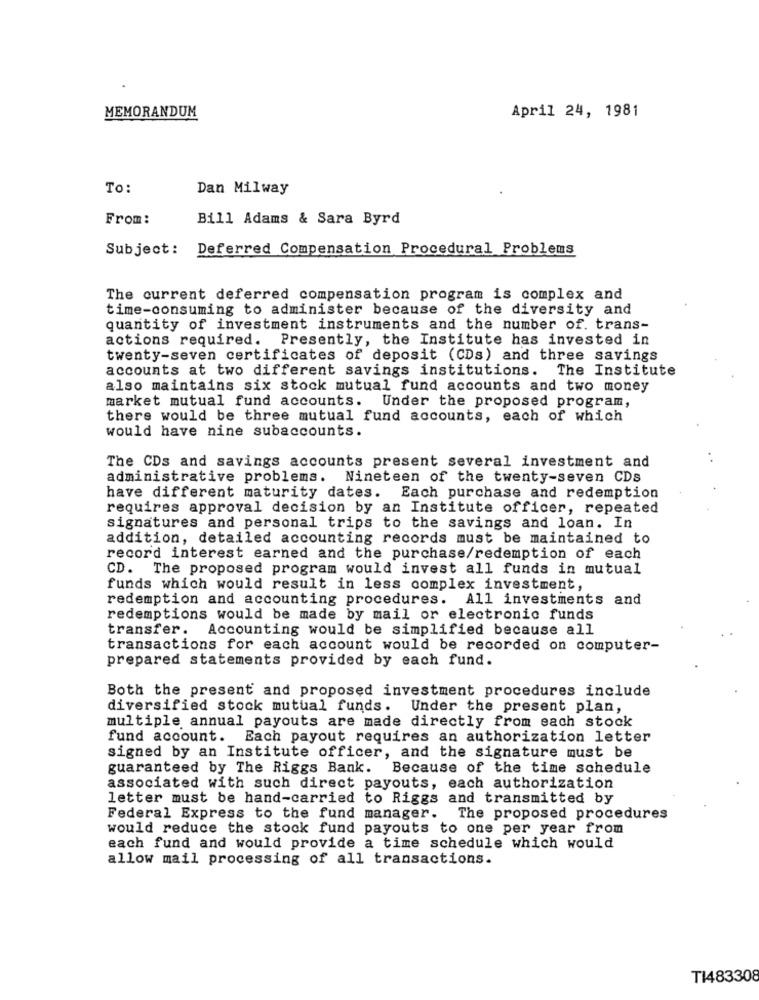
MEMORANDUM
April 24, 1981
To:
Dan Milway
From:
Bill Adams & Sara Byrd
Subject: Deferred Compensation Procedural Problems
The current deferred compensation program is complex and
time-consuming to administer because of the diversity and
quantity of investment instruments and the number of. trans-
actions required. Presently, the Institute has invested in
twenty-seven certificates of deposit (CDs) and three savings
accounts at two different savings institutions. The Institute
also maintains six stock mutual fund accounts and two money
market mutual fund accounts. Under the proposed program,
there would be three mutual fund accounts, each of which
would have nine subaccounts.
The CDs and savings accounts present several investment and
administrative problems. Nineteen of the twenty-seven CDS
have different maturity dates. Each purchase and redemption
requires approval decision by an Institute officer, repeated
signatures and personal trips to the savings and loan. In
addition, detailed accounting records must be maintained to
record interest earned and the purchase/redemption of each
CD. The proposed program would invest all funds in mutual
funds which would result in less complex investment,
redemption and accounting procedures. All investments and
redemptions would be made by mail or electronic funds
transfer. Accounting would be simplified because all
transactions for each account would be recorded on computer-
prepared statements provided by each fund.
Both the present and proposed investment procedures include
diversified stock mutual funds. Under the present plan,
multiple annual payouts are made directly from each stock
fund account. Each payout requires an authorization letter
signed by an Institute officer, and the signature must be
guaranteed by The Riggs Bank.
Because of the time schedule
associated with such direct payouts, each authorization
letter must be hand-carried to Riggs and transmitted by
Federal Express to the fund manager. The proposed procedures
would reduce the stock fund payouts to one per year from
each fund and would provide a time schedule which would
allow mail processing of all transactions.
T1483308